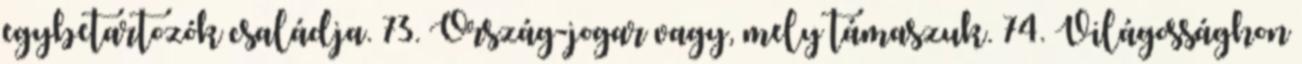
egybetartozók családja. 73. Ország-jogar vagy, mely támaszuk. 74. Világossághon